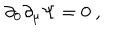
LaTeX: \partial _ { 0 } \partial _ { \mu } \Psi = 0 \ ,